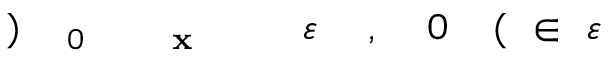
\! \! \! \! \! \! \! \! \! \! \! \varepsilon \! \! \! \! \! \! \! \! \! \! \! \! \in \! \! \! \! \! \! \! \! \! \! \! \! ( \! \! \! \! \! \! \! \! \! \! \! \! 0 \! \! \! \! \! \! \! \! \! \! \! \! , \! \! \! \! \! \! \! \! \! \! \! \! \varepsilon \! \! \! \! \! \! \! \! \! \! \! \! _ { \! \! \! \! \! \! \! \! \! \! \! \! \mathbf { x } \! \! \! \! \! \! \! \! \! \! \! \! _ { \! } \! \! \! \! \! \! \! \! \! \! \! 0 } \! \! \! \! \! \! \! \! \! \! \! \! ) \! \! \! \! \! \! \! \! \! \! \!